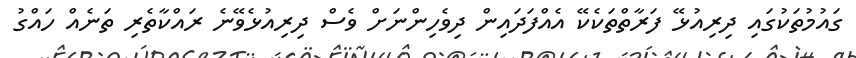
ގައުމުތަކުގައި ދިރިއުޅޭ ފަރާތްތަކެކޭ އެއްފަދައިން ދިވެހިންނަށް ވެސް ދިރިއުޅެވޭނެ ރައްކާތެރި ތަނެއް ހައްގު